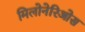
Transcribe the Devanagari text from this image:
मिलोनेरिओस